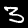
Label: 3